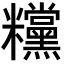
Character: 𥽻